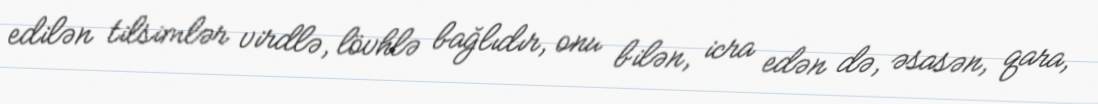
edilən tilsimlər virdlə, lövhlə bağlıdır, onu bilən, icra edən də, əsasən, qara,